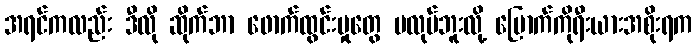
အရင်ကလည်း ဒီလို ဆိုက်ဘာ ဖောက်ထွင်းမှုတွေ မလုပ်ဘူးလို့ မြောက်ကိုရီးယားအစိုးရက